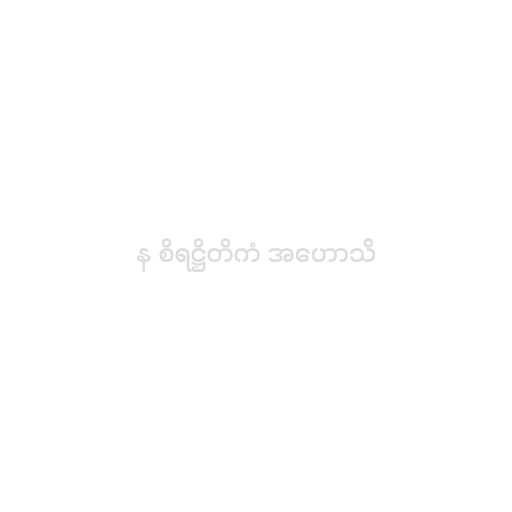
န စိရဋ္ဌိတိကံ အဟောသိ